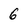
Character: 6